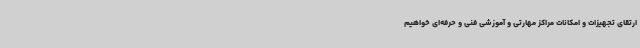
ارتقای تجهیزات و امکانات مراکز مهارتی و آموزشی فنی و حرفه‌ای خواهیم